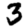
Digit: 3